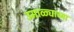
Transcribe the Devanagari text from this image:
उमाळ्याच्या